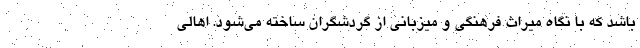
باشد که با نگاه میراث فرهنگی و میزبانی از گردشگران ساخته می‌شود. اهالی